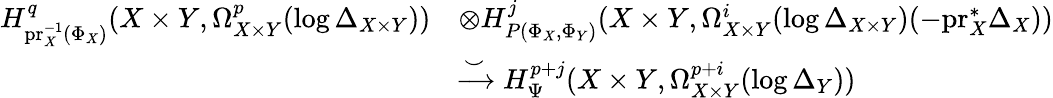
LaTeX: \begin{array}{rl}{H_{\mathrm{pr}_{X}^{-1}(\Phi_{X})}^{q}(X\times Y,\Omega_{X\times Y}^{p}(\log\Delta_{X\times Y}))}&{\otimes H_{P(\Phi_{X},\Phi_{Y})}^{j}(X\times Y,\Omega_{X\times Y}^{i}(\log\Delta_{X\times Y})(-\mathrm{pr}_{X}^{*}\Delta_{X}))}\\ &{\xrightarrow{\smile}H_{\Psi}^{p+j}(X\times Y,\Omega_{X\times Y}^{p+i}(\log\Delta_{Y}))}\end{array}